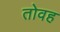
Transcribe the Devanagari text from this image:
तोवह